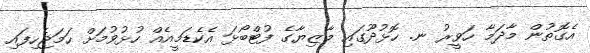
އެގޮތުން މާދަމާ ހަވީރު ނ. ހޮޅުދޫގައި މާޒިޔާގެ ފުޓްބޯޅަ އެކެޑަމީއެއް ހުޅުވުމަށް ހަމަޖެހިފައި